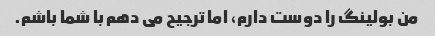
من بولینگ را دوست دارم، اما ترجیح می دهم با شما باشم.